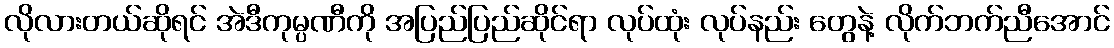
လိုလားတယ်ဆိုရင် အဲဒီကုမ္ပဏီကို အပြည်ပြည်ဆိုင်ရာ လုပ်ထုံး လုပ်နည်း တွေနဲ့ လိုက်ဘက်ညီအောင်